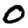
Digit: 0